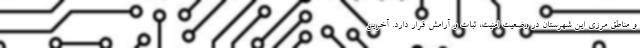
و مناطق مرزی این شهرستان در وضعیت امنیت، ثبات و آرامش قرار دارد. آخرین